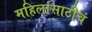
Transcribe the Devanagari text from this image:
महिलांसाठीचं